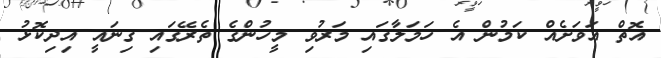
އޮތް އަވަށެއް ކަމުން އެ ހަމަލާގައި މަރުވި މީހުންގެ ތެރޭގައި ގިނައީ އިދިކޮޅު